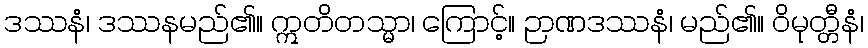
ဒဿနံ၊ ဒဿနမည်၏။ ဣတိတသ္မာ၊ ကြောင့်။ ဉာဏဒဿနံ၊ မည်၏။ ဝိမုတ္တီနံ၊